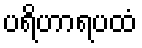
ပရိဟာရပထံ